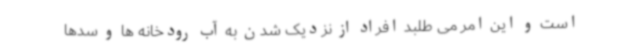
است و این امر می طلبد افراد از نزدیک شدن به آب رودخانه ها و سدها